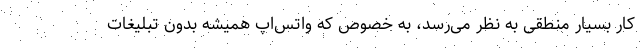
کار بسیار منطقی به نظر می‌رسد، به خصوص که واتس‌اپ همیشه بدون تبلیغات